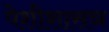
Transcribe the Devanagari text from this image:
पेशीशासञ